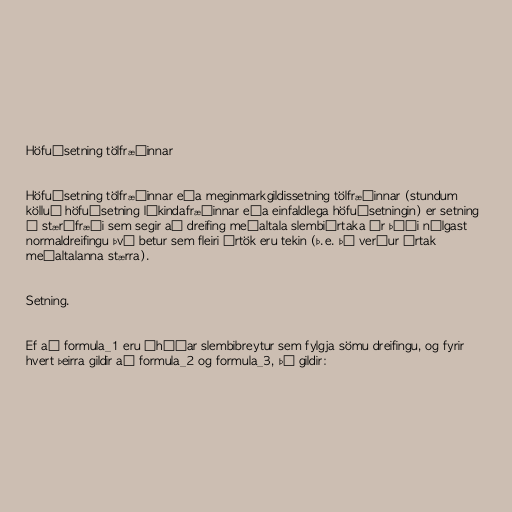
Höfuðsetning tölfræðinnar

Höfuðsetning tölfræðinnar eða meginmarkgildissetning tölfræðinnar (stundum
kölluð höfuðsetning líkindafræðinnar eða einfaldlega höfuðsetningin) er setning
í stærðfræði sem segir að dreifing meðaltala slembiúrtaka úr þýði nálgast
normaldreifingu því betur sem fleiri úrtök eru tekin (þ.e. þá verður úrtak
meðaltalanna stærra).

Setning.

Ef að formula_1 eru óháðar slembibreytur sem fylgja sömu dreifingu, og fyrir
hvert þeirra gildir að formula_2 og formula_3, þá gildir: